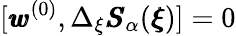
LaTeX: [{\pmb w}^{(0)},\Delta_{\xi}{\pmb S}_{\alpha}({\pmb\xi})]=0